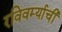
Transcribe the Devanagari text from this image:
रविवर्म्याची